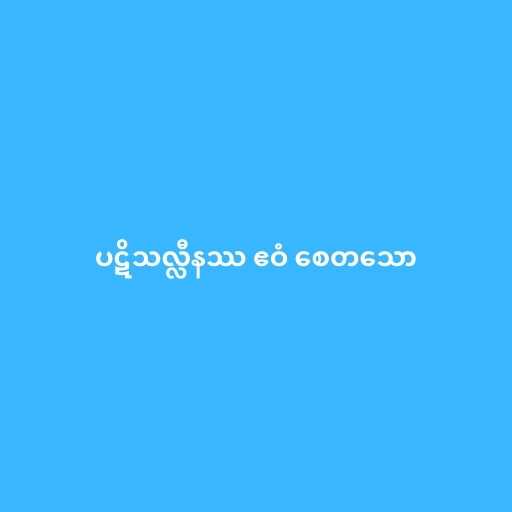
ပဋိသလ္လီနဿ ဧဝံ စေတသော